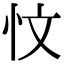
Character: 忟